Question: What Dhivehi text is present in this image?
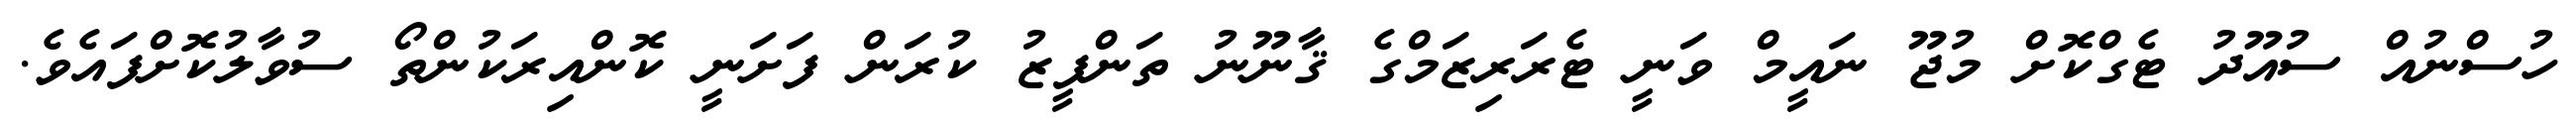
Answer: ހުސްނުއް ސުއޫދު ޓެގްކޮށް މުޖޫ ނައީމް ވަނީ ޓެރަރިޒަމްގެ ޤާނޫނު ތަންފީޒު ކުރަން ފަށަނީ ކޮންއިރަކުންތޯ ސުވާލުކޮށްފައެވެ.